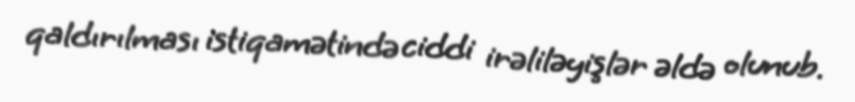
qaldırılması istiqamətində ciddi irəliləyişlər əldə olunub.